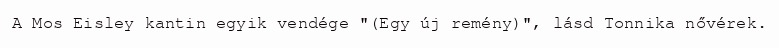
A Mos Eisley kantin egyik vendége "(Egy új remény)", lásd Tonnika nővérek.